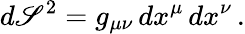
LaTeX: d\mathscr{S}^{2}=g_{\mu\nu}\, dx^{\mu}\, dx^{\nu}\, .